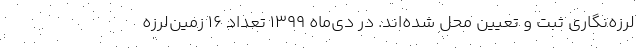
لرزه‌نگاری ثبت و تعیین محل شده‌اند. در دی‌ماه ۱۳۹۹ تعداد ۱۶ زمین‌لرزه